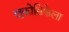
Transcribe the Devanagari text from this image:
लुकोसिफेला